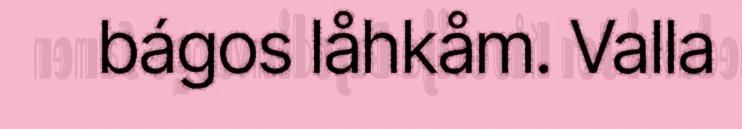
bágos låhkåm. Valla